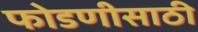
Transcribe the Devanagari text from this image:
फोडणीसाठी